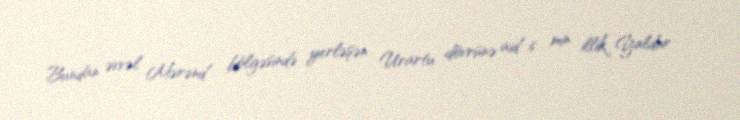
Bundan əvvəl Mərənd bölgəsində yerləşən Urartu dövrünə aid 6 min illik Yaldur